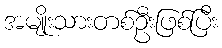
အမျိုးသားတစ်ဦးဖြစ်ပြီး